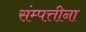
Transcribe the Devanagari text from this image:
संम्पत्तीना